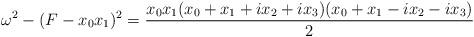
LaTeX: \begin{align*} \omega^2 - ( F - x_0 x_1 )^2 = \frac{x_0 x_1 ( x_0 + x_1 + i x_2 + i x_3 ) ( x_0 + x_1 - i x_2 - i x_3 )}{2}\end{align*}